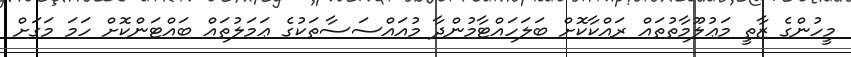
މީހުންގެ ޒާތީ މަޢުލޫމާތުތައް ރައްކާކޮށް ބަލަހައްޓާމުންދާ މުއައްސަސާތަކުގެ ޢަމަލުތައް ބައްޓަންކޮށް ހަމަ މަގަށް